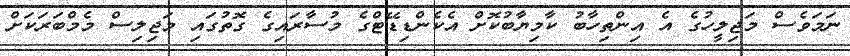
ނަމަވެސް މަޖިލީހުގެ އެ އިންތިހާބު ކާމިޔާބުކޮށް އެކެންޑިޑޭޓްގެ މުސާރައިގެ ގޮތުގައި މަޖިލިސް މެމްބަރަކަށް